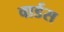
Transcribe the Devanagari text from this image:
वार्डस